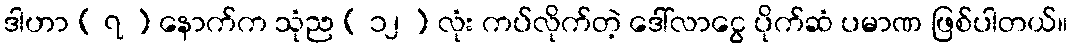
ဒါဟာ ( ၇ ) နောက်က သုံည ( ၁၂ ) လုံး ကပ်လိုက်တဲ့ ဒေါ်လာငွေ ပိုက်ဆံ ပမာဏ ဖြစ်ပါတယ်။